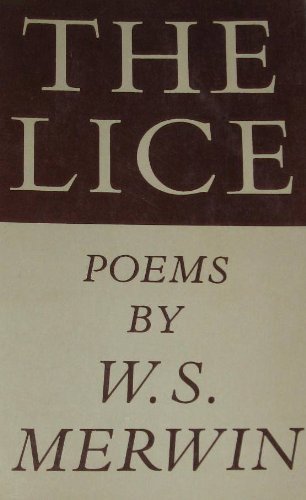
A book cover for The Lice; Health, Fitness & Dieting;